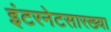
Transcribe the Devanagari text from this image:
इंटरनेटसारख्या